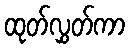
ထုတ်လွှတ်ကာ